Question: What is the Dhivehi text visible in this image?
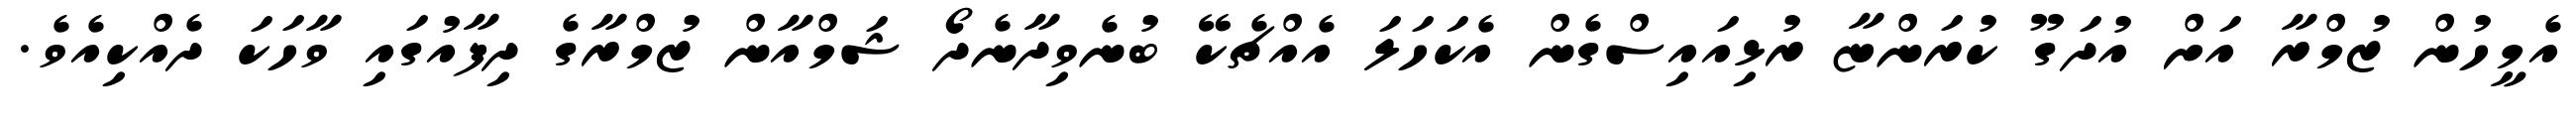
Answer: އެމީހުން ޒުމްރާ އަށް އުދަގޫ ކުރަންޏާ ރުޅިއައިސްގެން އެކަހަލަ އެއްޗެކޭ ބުނެވިދާނެދޯ ޝަމްއާން ޒުމްރާގެ ދިފާއުގައި ވާހަކަ ދެއްކިއެވެ.